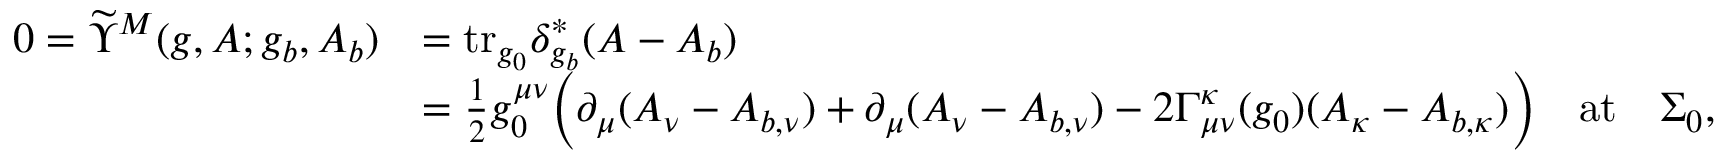
\begin{array} { r l } { 0 = \widetilde { \Upsilon } ^ { M } ( g , A ; g _ { b } , A _ { b } ) } & { = \mathrm { t r } _ { g _ { 0 } } \delta _ { g _ { b } } ^ { * } ( A - A _ { b } ) } \\ & { = \frac { 1 } { 2 } g _ { 0 } ^ { \mu \nu } \Big ( \partial _ { \mu } ( A _ { \nu } - A _ { b , \nu } ) + \partial _ { \mu } ( A _ { \nu } - A _ { b , \nu } ) - 2 \Gamma _ { \mu \nu } ^ { \kappa } ( g _ { 0 } ) ( A _ { \kappa } - A _ { b , \kappa } ) \Big ) \quad \mathrm { a t } \quad \Sigma _ { 0 } , } \end{array}